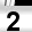
Digit: 2